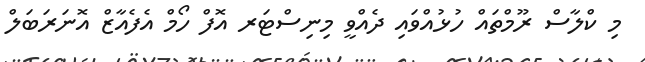
މި ކްލާސް ރޫމްތައް ހުޅުއްވައި ދެއްވީ މިނިސްޓަރ އޮފް ހޯމް އެފެއާޒް އޮނަރަބަލް